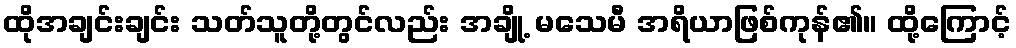
ထိုအချင်းချင်း သတ်သူတို့တွင်လည်း အချို့ မသေမီ အရိယာဖြစ်ကုန်၏။ ထို့ကြောင့်